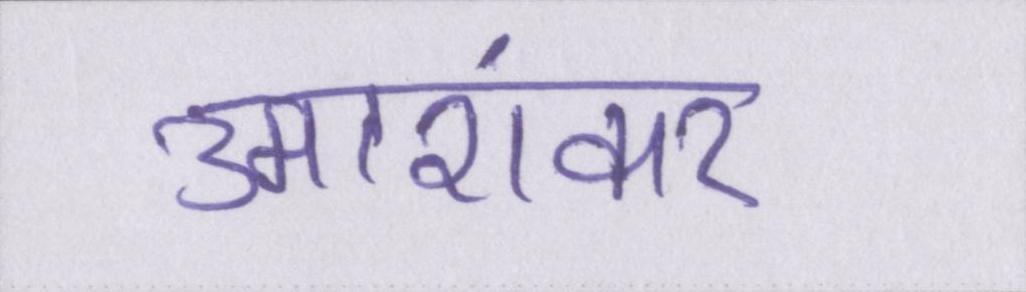
उमाशंकर